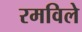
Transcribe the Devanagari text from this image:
रमविले